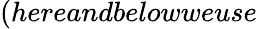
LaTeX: (hereandbelowweuse